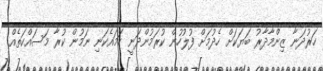
ހަރުދަނާ ޒިންމާދާރު ބަޔަކަށް ހެދުމަށް ފުލުހުން ކުރަމުންދަނީ ހަމައެކަނި ނަމުން ކުރާ މަސައްކަތެއް